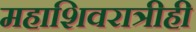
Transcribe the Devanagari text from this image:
महाशिवरात्रीही